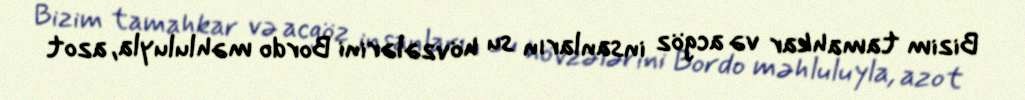
Bizim tamahkar və acgöz insanların su hövzələrini Bordo məhluluyla, azot